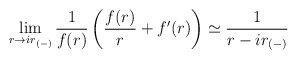
\begin{align*}\lim_{r \rightarrow i r_{(-)}} {1 \over f(r)} \left ( {f(r) \over r} + f'(r) \right ) \simeq{1 \over {r- i r_{(-)}}}\end{align*}